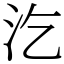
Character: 汔